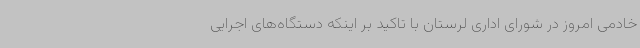
خادمی امروز در شورای اداری لرستان با تاکید بر اینکه دستگاه‌های اجرایی